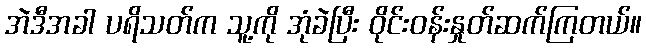
အဲဒီအခါ ပရိသတ်က သူ့ကို အုံခဲပြီး ဝိုင်းဝန်းနှုတ်ဆက်ကြတယ်။